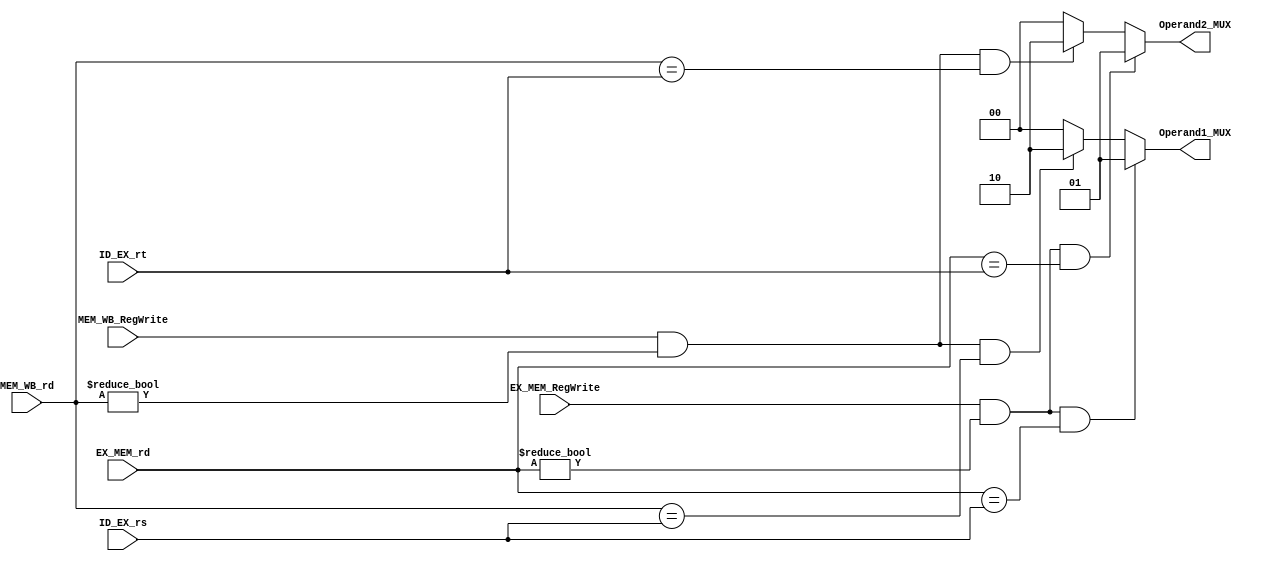
module ForwardingUnit(Operand1_MUX, Operand2_MUX, EX_MEM_RegWrite, MEM_WB_RegWrite, ID_EX_rs, ID_EX_rt, EX_MEM_rd, MEM_WB_rd);

output reg[1:0] Operand1_MUX, Operand2_MUX;
input wire EX_MEM_RegWrite, MEM_WB_RegWrite;
input wire[4:0] ID_EX_rs, ID_EX_rt, EX_MEM_rd, MEM_WB_rd;

initial begin
    Operand1_MUX <= 2'b00;
    Operand2_MUX <= 2'b00;
end

always @*begin
		       
        /*Would be connected to a 3 to 1 MUX */
        /*operand 1 data*/
		if((EX_MEM_RegWrite == 1'b1) && (EX_MEM_rd != 5'b00000) && (EX_MEM_rd == ID_EX_rs)) begin
			Operand1_MUX = 2'b01;
		end else if((MEM_WB_RegWrite == 1'b1) && (MEM_WB_rd != 5'b00000) && (MEM_WB_rd == ID_EX_rs)) begin
			Operand1_MUX = 2'b10;   /*passes data loaded from memory - forwarded*/
        end else begin
            Operand1_MUX = 2'b00;   /*default case - passes normal rs data*/
        end
		
        /*Would be connected to a 3 to 1 MUX */
        /*operand 2 data*/
		if((EX_MEM_RegWrite == 1'b1) && (EX_MEM_rd != 5'b00000) && (EX_MEM_rd == ID_EX_rt)) begin
			Operand2_MUX = 2'b01;
		end else if((MEM_WB_RegWrite == 1'b1) && (MEM_WB_rd != 5'b00000) && (MEM_WB_rd == ID_EX_rt)) begin
			Operand2_MUX = 2'b10;   /*passes data loaded from memory - forwarded*/
        end else begin
            Operand2_MUX = 2'b00;   /*default case - passes normal rt data*/
        end
	end

	
endmodule